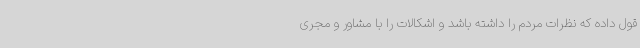
قول داده که نظرات مردم را داشته باشد و اشکالات را با مشاور و مجری